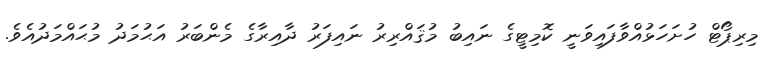
މިރިޕޯޓް ހުށަހަޅުއްވާފައިވަނީ ކޮމިޓީގެ ނައިބު މުޤައްރިރު ނައިފަރު ދާއިރާގެ މެންބަރު އަޙުމަދު މުޙައްމަދުއެވެ.